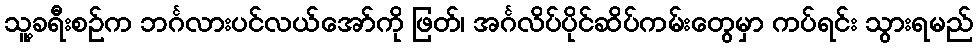
သူ့ခရီးစဉ်က ဘင်္ဂလားပင်လယ်အော်ကို ဖြတ်၊ အင်္ဂလိပ်ပိုင်ဆိပ်ကမ်းတွေမှာ ကပ်ရင်း သွားရမည်